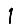
Digit: 1